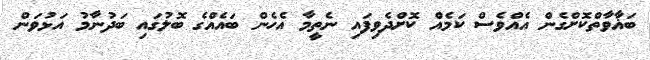
ބަޣާވާތްކޮށްގެން އެއްވެސް ކަމެއް ކޮށްދެވިފައި ނެތީމާ އެހެން ބައެއްގެ ބޮލުގައި ބަދުނާމު އަޅުވަން